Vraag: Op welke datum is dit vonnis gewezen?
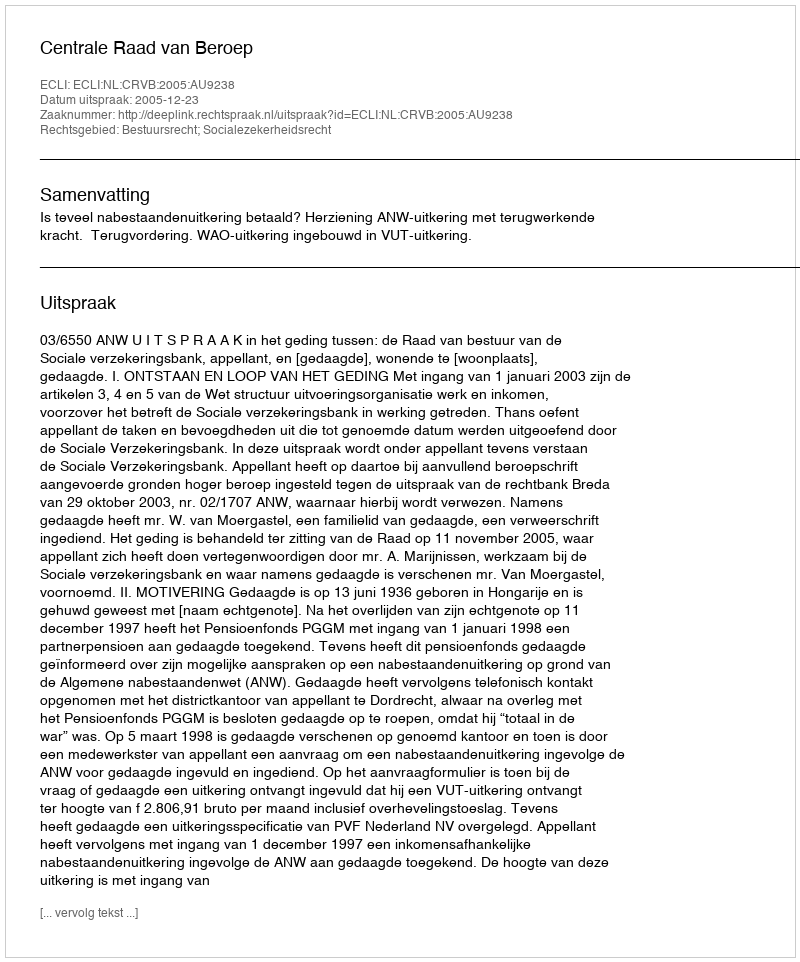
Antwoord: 2005-12-23